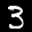
Label: 3